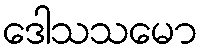
ဒေါသသမော